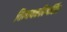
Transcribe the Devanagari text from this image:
विनायकदिग्दर्शित